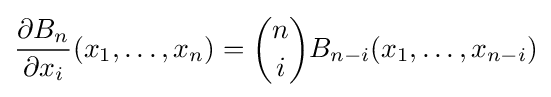
{\frac {\partial B_{n}}{\partial x_{i}}}(x_{1},\ldots ,x_{n})={\binom {n}{i}}B_{n-i}(x_{1},\ldots ,x_{n-i})